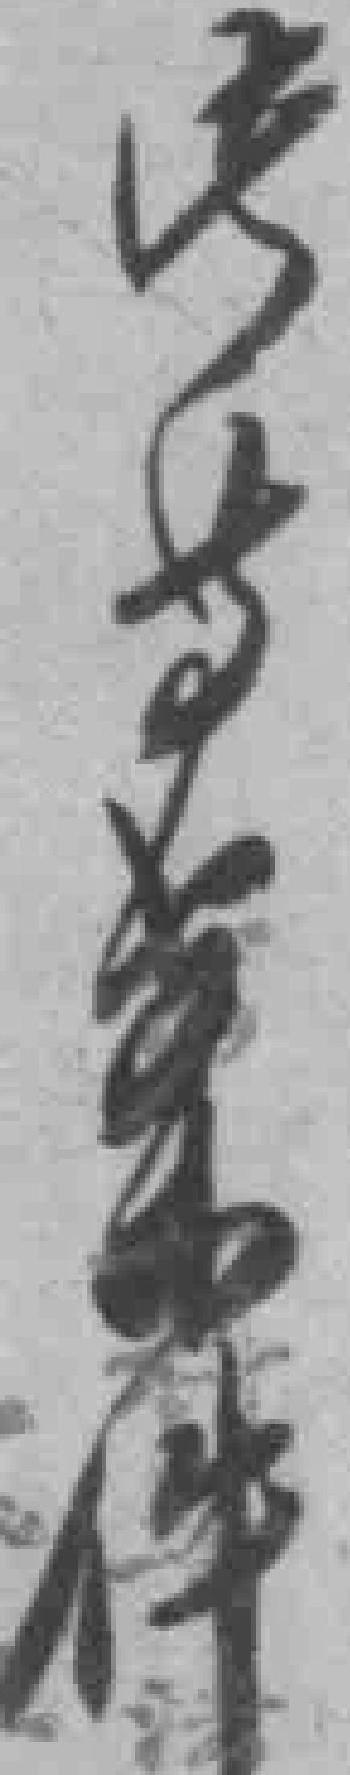
此等案件